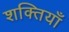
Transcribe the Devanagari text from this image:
शक्तियॉं